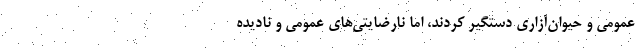
عمومی و حیوان‌آزاری دستگیر کردند، اما نارضایتی‌های عمومی و نادیده